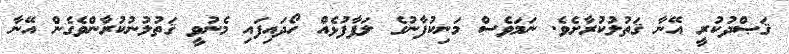
ޤަޞްދުކުރީ އޭނާ ޤަތުލުކުރާށެވެ. ނަމަވެސް މަނިކުފާނުގެ ލަފާފުޅެއް ހޯދައިފައި މެނުވީ ޤަތުލުނުކުރާންވެގެން އޭނާ